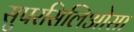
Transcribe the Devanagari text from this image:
सुपरसिलिओसा